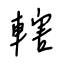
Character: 轄